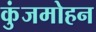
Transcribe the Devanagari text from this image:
कुंजमोहन